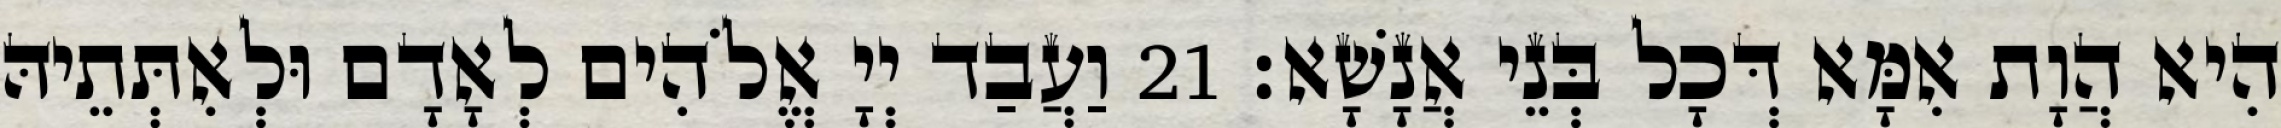
הִיא הֲוָת אִמָּא דְּכָל בְּנֵי אֲנָשָׁא׃ 21 וַעֲבַד יְיָ אֱלֹהִים לְאָדָם וּלְאִתְּתֵיהּ